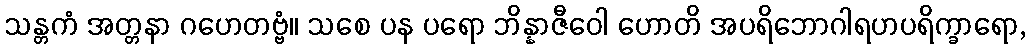
သန္တကံ အတ္တနာ ဂဟေတဗ္ဗံ။ သစေ ပန ပရော ဘိန္နာဇီဝေါ ဟောတိ အပရိဘောဂါရဟပရိက္ခာရော,